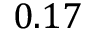
0 . 1 7